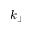
k _ { \perp }